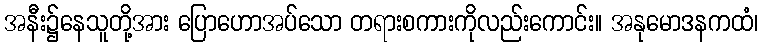
အနီး၌နေသူတို့အား ပြောဟောအပ်သော တရားစကားကိုလည်းကောင်း။ အနုမောဒနကထံ၊